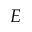
E